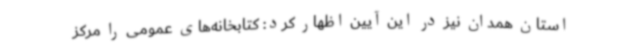
استان همدان نیز در این آیین اظهار کرد: کتابخانه‌های عمومی را مرکز